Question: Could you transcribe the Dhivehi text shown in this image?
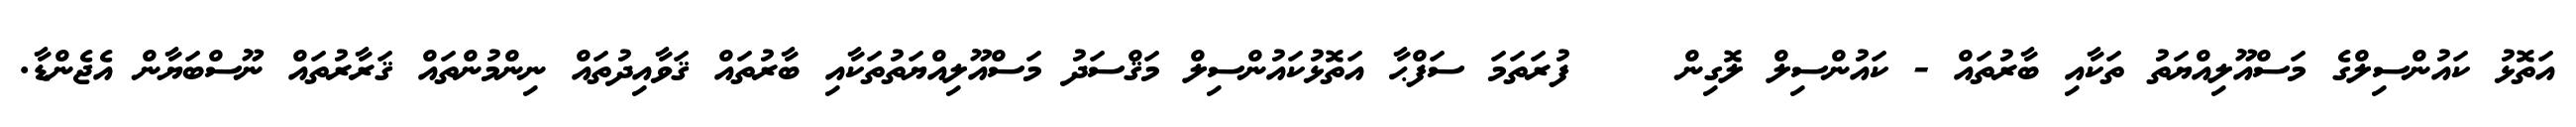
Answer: އަތޮޅު ކައުންސިލްގެ މަސްއޫލިއްޔަތު ތަކާއި ބާރުތައް - ކައުންސިލް ލޮގިން ? ? ފުރަތަމަ ސަފްޙާ އަތޮޅުކައުންސިލް މަޤްސަދު މަސްއޫލިއްޔަތުތަކާއި ބާރުތައް ޤަވާއިދުތައް ނިންމުންތައް ޤަރާރުތައް ނޫސްބަޔާން އެޖެންޑާ.